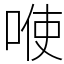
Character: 𭈓